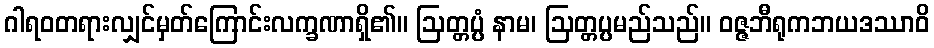
ဂါရဝတရားလျှင်မှတ်ကြောင်းလက္ခဏာရှိ၏။ ဩတ္တပ္ပံ နာမ၊ ဩတ္တပ္ပမည်သည်။ ဝဇ္ဇဘီရုကဘယဒဿာဝိ